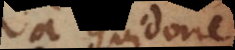
a Guidone